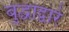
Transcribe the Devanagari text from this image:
बुद्धाद्वारे